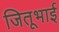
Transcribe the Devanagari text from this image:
जितूभाई